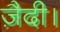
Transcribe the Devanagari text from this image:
ज़ैदी।